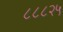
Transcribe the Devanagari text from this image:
८८८२५